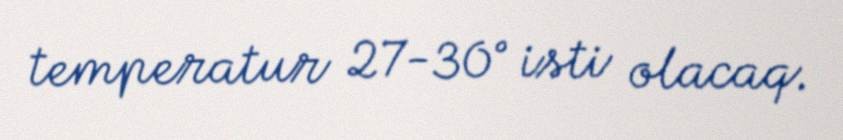
temperatur 27-30° isti olacaq.